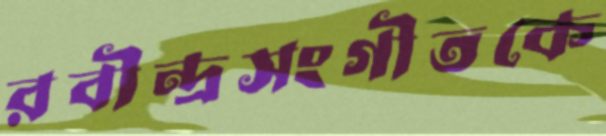
রবীন্দ্রসংগীতকে